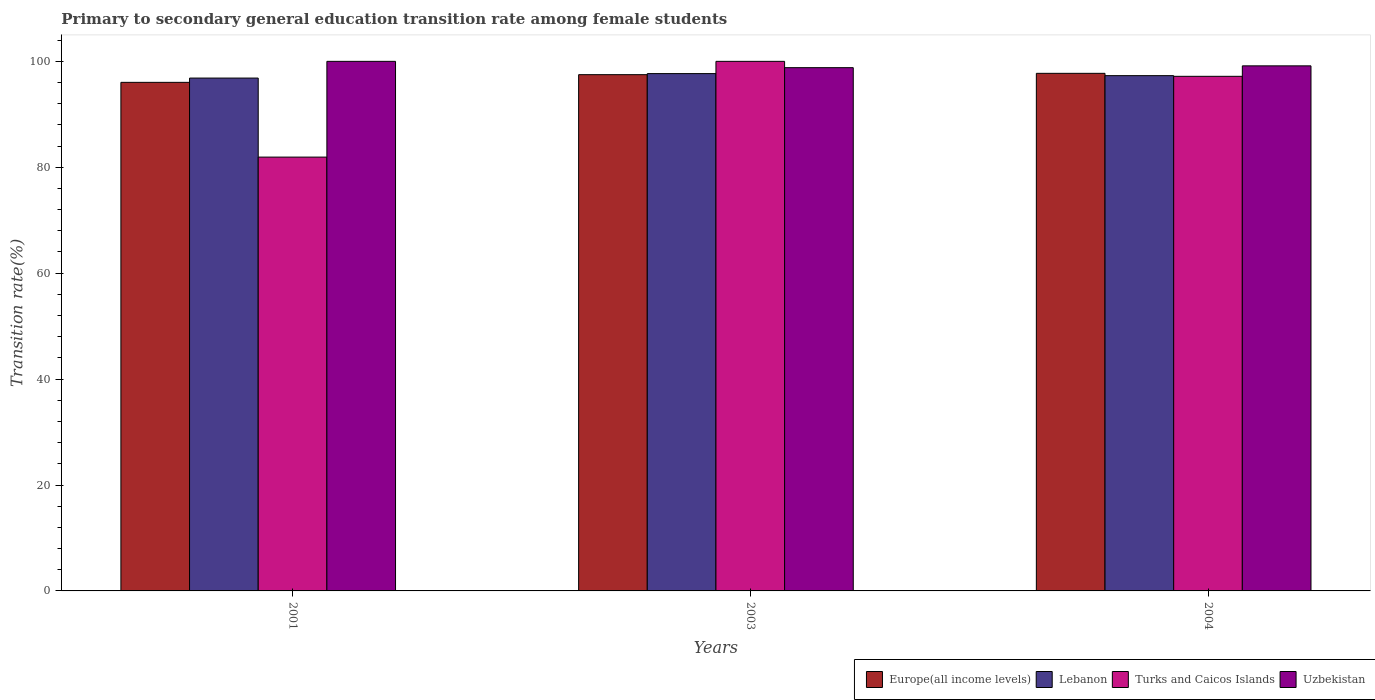
| Years | Europe(all income levels) | Lebanon | Turks and Caicos Islands | Uzbekistan |
 | --- | --- | --- | --- | --- |
 | 2001 | 96 | 96.8 | 81.9 | 100 |
 | 2003 | 97.5 | 97.7 | 100 | 98.8 |
 | 2004 | 97.7 | 97.3 | 97.2 | 99.2 |